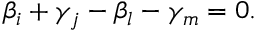
\beta _ { i } + \gamma _ { j } - \beta _ { l } - \gamma _ { m } = 0 .